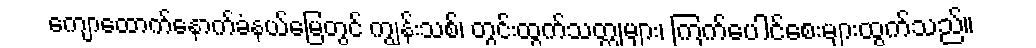
ကျောထောက်နောက်ခံနယ်မြေတွင် ကျွန်းသစ်၊ တွင်းထွက်သတ္တုများ၊ ကြက်ပေါင်စေးများထွက်သည်။